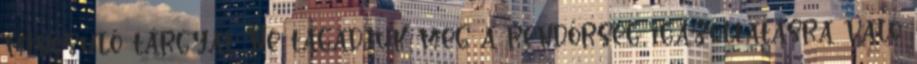
minősülő tárgyat. Ne tagadjuk meg a rendőrség igazoltatásra való